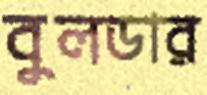
বুলডার